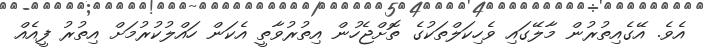
އެވެ. އޭގެއިތުރުން މާލޭގައި ވެހިކަލްތަކުގެ ތޮށްޖެހުން އިތުރުވާތީ އެކަން ހައްލުކުރުމަށް އިތުރު ފީއެއް